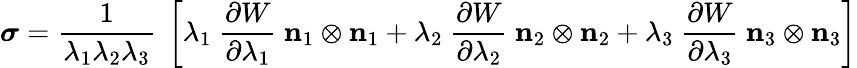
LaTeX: {\boldsymbol{\sigma}}={\frac{1}{\lambda_{1}\lambda_{2}\lambda_{3}}}~\left[\lambda_{1}~{\frac{\partial W}{\partial\lambda_{1}}}~\mathbf{n}_{1}\otimes\mathbf{n}_{1}+\lambda_{2}~{\frac{\partial W}{\partial\lambda_{2}}}~\mathbf{n}_{2}\otimes\mathbf{n}_{2}+\lambda_{3}~{\frac{\partial W}{\partial\lambda_{3}}}~\mathbf{n}_{3}\otimes\mathbf{n}_{3}\right]